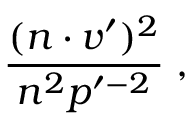
\frac { ( n \cdot v ^ { \prime } ) ^ { 2 } } { n ^ { 2 } p ^ { \prime - 2 } } \; ,